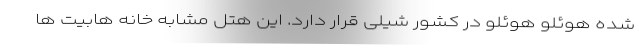
شده هوئلو هوئلو در کشور شیلی قرار دارد. این هتل مشابه خانه هابیت ها